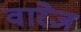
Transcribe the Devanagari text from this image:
वारेज